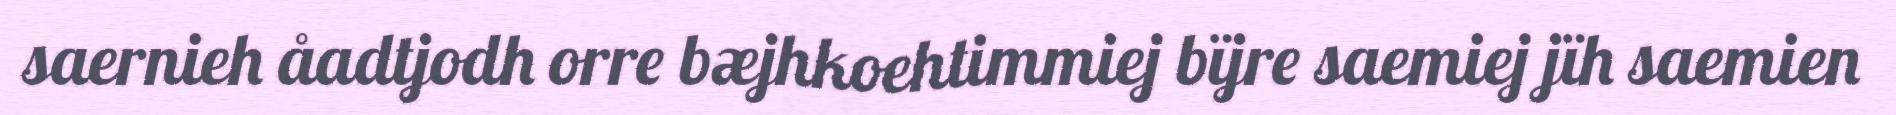
saernieh åadtjodh orre bæjhkoehtimmiej bïjre saemiej jïh saemien